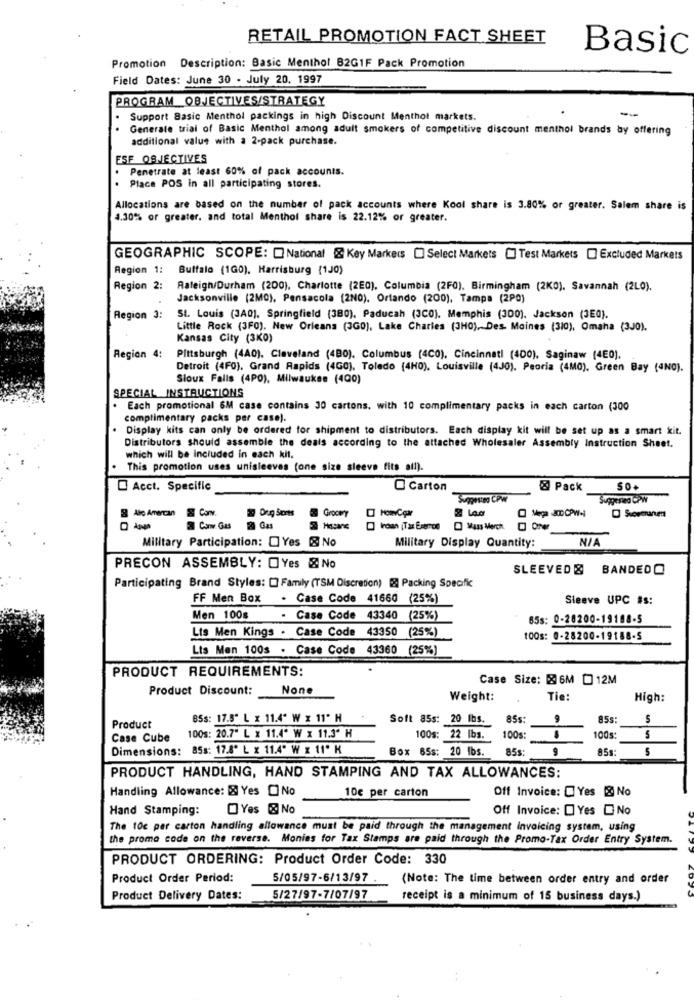
RETAIL PROMOTION FACT SHEET
Basic
Promotion Description: Basic Menthol B2GIF Pack Promotion
Field Dates: June 30 . July 20. 1997
PROGRAM OBJECTIVES/STRATEGY
-
Support Basic Menthol packings in high Discount Menthot markets.
Generate trial of Basic Menthol among adult smokers of competitive discount menthol brands by offering
additional value with a 2-pack purchase.
ESF OBJECTIVES
Penetrate at least 60% of pack accounts.
. Place POS in all participating stores.
Allocations are based on the number of pack accounts where Kool share is 3.80% or greater. Salem share is
4.30% or greater, and total Menthol share is 22.12% or greater.
GEOGRAPHIC SCOPE: [National & Key Markeds [] Select Markets [] Test Markets [] Excluded Markets
Region 1: Buffalo (1G0). Harrisburg (1J0)
Region 2:
Raleigh/Durham (200), Charlotte (2E0), Columbia (2F0). Birmingham (2K0). Savannah (2L0).
Jacksonville (2MQ), Pensacola (2NO), Ortando (200), Tampa (2P0)
Region 3:
St. Louis (3A0), Springfield (380), Paducah (3C0). Memphis (300). Jackson (3E0).
Little Rock (3F0). New Orleans (3G0), Lake Charles (3H0), Des Moines (310), Omaha (3J0).
Kansas City (3KO)
Region 4:
Pittsburgh (4A0), Cleveland (480). Columbus (4C0), Cincinnati (400), Saginaw (4E0).
Detroit (4F0), Grand Rapids (4GO), Toledo (4H0), Louisville (4J0). Peoria (4M0). Green Bay (4NO).
Sioux Falls (4P0), Milwaukee (400)
SPECIAL INSTRUCTIONS
Each promotional 6M case contains 30 cartons. with 10 complimentary packs in each carton (300
complimentary packs per case).
Display kits can only be ordered for shipment to distributors. Each display kit will be set up as a smart kit.
Distributors should assemble the deals according to the attached Wholesaler Assembly Instruction Sheet.
which will be Included in each kil.
This promotion uses unisleeves (one size sleeve fits all).
Acct. Specific
C Carton
& Pack
SO
Suggested CPW
8 Akro Amercan
S Can.
& Dug Sorts
Grocery
D Sorganen
Can Gus
2 Gas
Hasans
Military Participation: Yes & No
NIA
Military Display Quantity:
PRECON ASSEMBLY: OYes & No
SLEEVED & BANDEDO
Participating Brand Styles: [] Family (TSM Discretion) [& Packing Specific
FF Men Box . Case Code 41660 (25%)
Sleeve UPC #s:
Men 100s
Case Code 43340 (25%)
65s: 0-28200-19188-5
Lts Men Kings . Case Code 43350 (25%)
100s: 0-28200-19188-5
Lts Men 100s . Case Code 43360 (25%)
PRODUCT REQUIREMENTS:
Case Size: 8 6M [ 12M
Product Discount:
Weight:
Tie:
High:
BSS: 17.5" L x 11.4" W x 11" H
Soft 85s: 20 Ibs.
85s:
9
85s:
5
Product
Case Cube
100s: 20.7" L x 11.4" W x 11.3º H
100s: 22 lbs.
100s:
100s:
5
Dimensions: 85s: 17.8º L x 11.4" W x 11" K
Box 65s: 20 Ibs.
85s
9
85s:
PRODUCT HANDLING, HAND STAMPING AND TAX ALLOWANCES:
Handling Allowance: & Yes No
10€ per carton
Off Invoice: Yes & No
Hand Stamping:
Yes & No
Off Invoice: [ Yes No
The 10c per carton handling allowance must be paid through the management Invoicing system, using
the promo code on the reverse. Monies for Tax Stamps are paid through the Promo-Tax Order Entry System.
PRODUCT ORDERING: Product Order Code: 330
Product Order Period:
5/05/97-6/13/97 .
(Note: The time between order entry and order
Product Delivery Dates:
5/27/97-7/07/97
receipt is a minimum of 15 business days.)